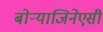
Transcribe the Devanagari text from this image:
बोऱ्याजिनेएसी